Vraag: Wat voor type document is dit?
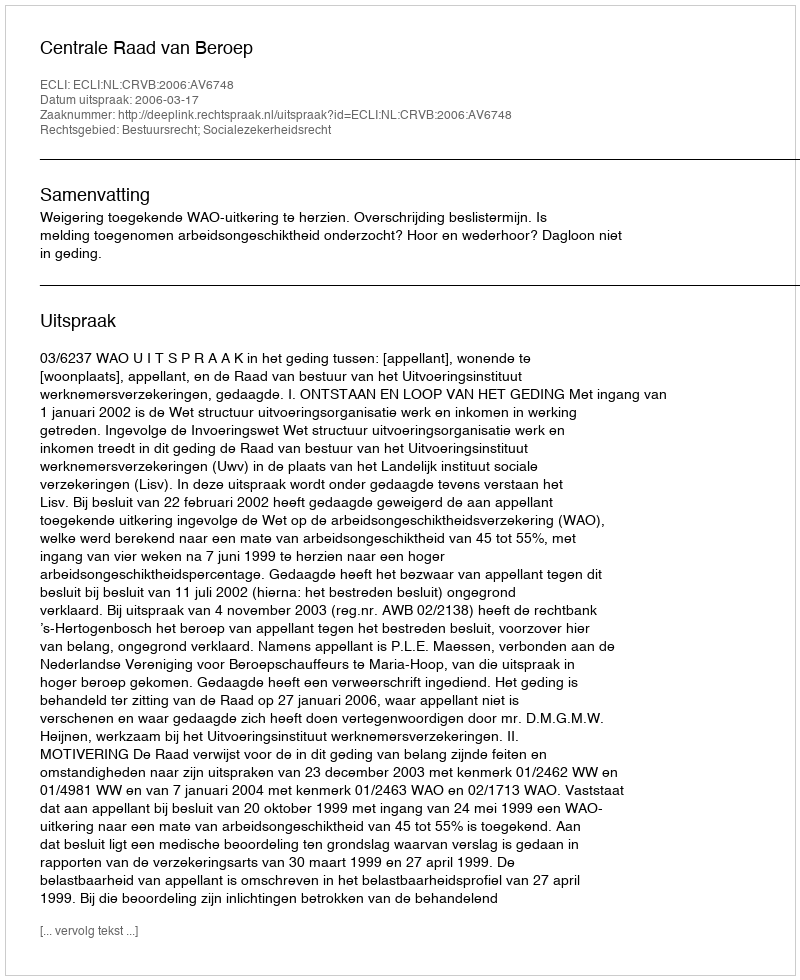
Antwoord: Uitspraak